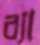
ব্যা